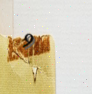
9